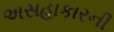
અસહાકારની